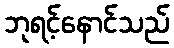
ဘုရင့်နောင်သည်